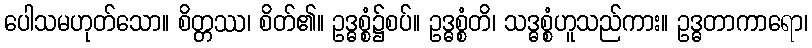
ပေါသမဟုတ်သော။ စိတ္တဿ၊ စိတ်၏။ ဥဒ္ဓစ္စံ၌စပ်။ ဥဒ္ဓစ္စံတိ၊ သဒ္ဓစ္စံဟူသည်ကား။ ဥဒ္ဓတာကာရော၊